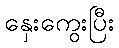
နှေးကွေးပြီး